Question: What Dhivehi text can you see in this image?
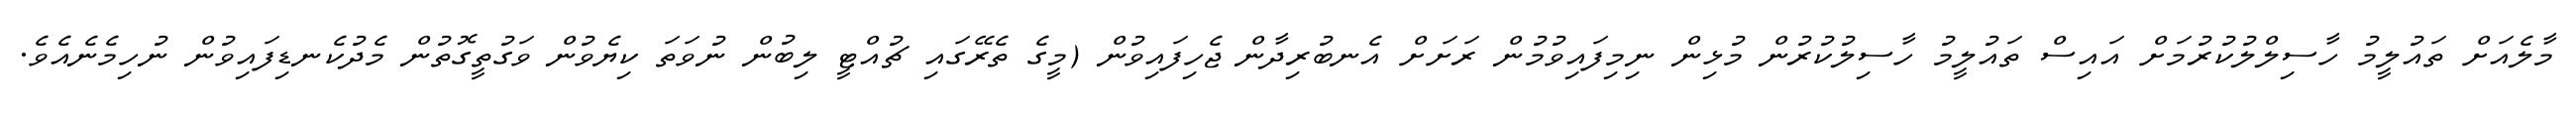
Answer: މާލެއަށް ތައުލީމު ހާސިލްލުކުރުމަށް އައިސް ތައުލީމު ހާސިލުކުރުން މުޅިން ނިމިފައިވުމުން ރަށަށް އެނބުރިދާން ޖެހިފައިވުން (މީގެ ތެރޭގައި ޗުއްޓީ ލިބުން ނުވަތަ ކިޔެވުން ވަގުތީގޮތުން މެދުކެނޑިފައިވުން ނުހިމެނެއެވެ.